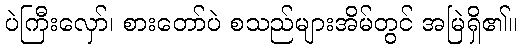
ပဲကြီးလှော်၊ စားတော်ပဲ စသည်များအိမ်တွင် အမြဲရှိ၏။